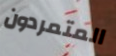
المتمردون